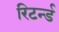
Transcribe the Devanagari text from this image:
रिटर्न्ड